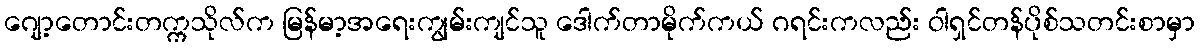
ဂျော့တောင်းတက္ကသိုလ်က မြန်မာ့အရေးကျွမ်းကျင်သူ ဒေါက်တာမိုက်ကယ် ဂရင်းကလည်း ဝါရှင်တန်ပိုစ်သတင်းစာမှာ